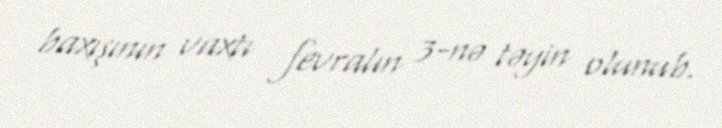
baxışının vaxtı fevralın 3-nə təyin olunub.